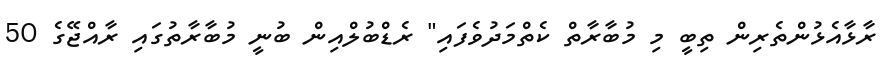
ރާޅާއެޅުންތެރިން ތިބީ މި މުބާރާތް ކެތްމަދުވެފައި" ރެޑްބުލްއިން ބުނީ މުބާރާތުގައި ރާއްޖޭގެ 50